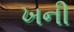
ખની